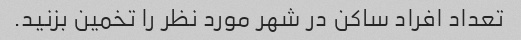
تعداد افراد ساکن در شهر مورد نظر را تخمین بزنید.